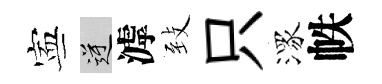
寕逆滹𦤺只潈帙